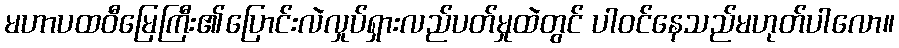
မဟာပထဝီမြေကြီး၏ပြောင်းလဲလှုပ်ရှားလည်ပတ်မှုထဲတွင် ပါဝင်နေသည်မဟုတ်ပါလော။